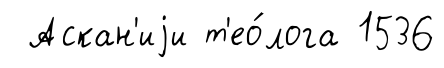
Аскан'иjи т'ео́лога 1536